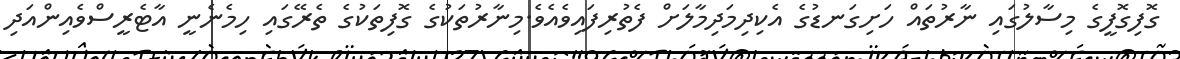
ގޮފިގޮފީގެ މިސާލުގައި ނާރުތައް ހަށިގަނޑުގެ އެކިދިމަދިމާލަށް ފެތުރިފައިވެއެވެ.މިނާރުތަކުގެ ގޮފިތަކުގެ ތެރޭގައި ހިމެނެނީ އާޓެރީސްވެއިންއަދި